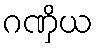
ဂဏှိယ